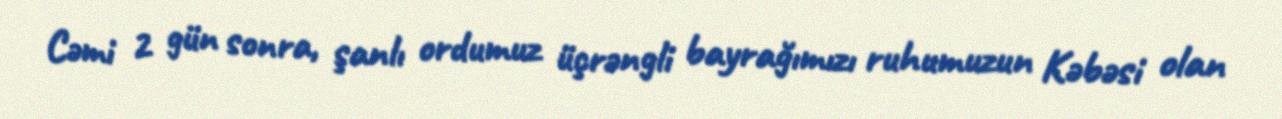
Cəmi 2 gün sonra, şanlı ordumuz üçrəngli bayrağımızı ruhumuzun Kəbəsi olan